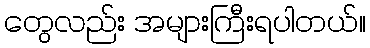
တွေလည်း အများကြီးရပါတယ်။